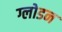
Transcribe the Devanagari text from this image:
ग्लोडन